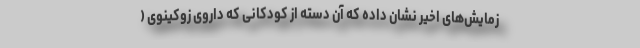
زمایش‌های اخیر نشان داده که آن دسته از کودکانی که داروی زوکینوی (